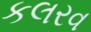
કલરવ